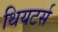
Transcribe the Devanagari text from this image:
थियटर्स